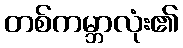
တစ်ကမ္ဘာလုံး၏